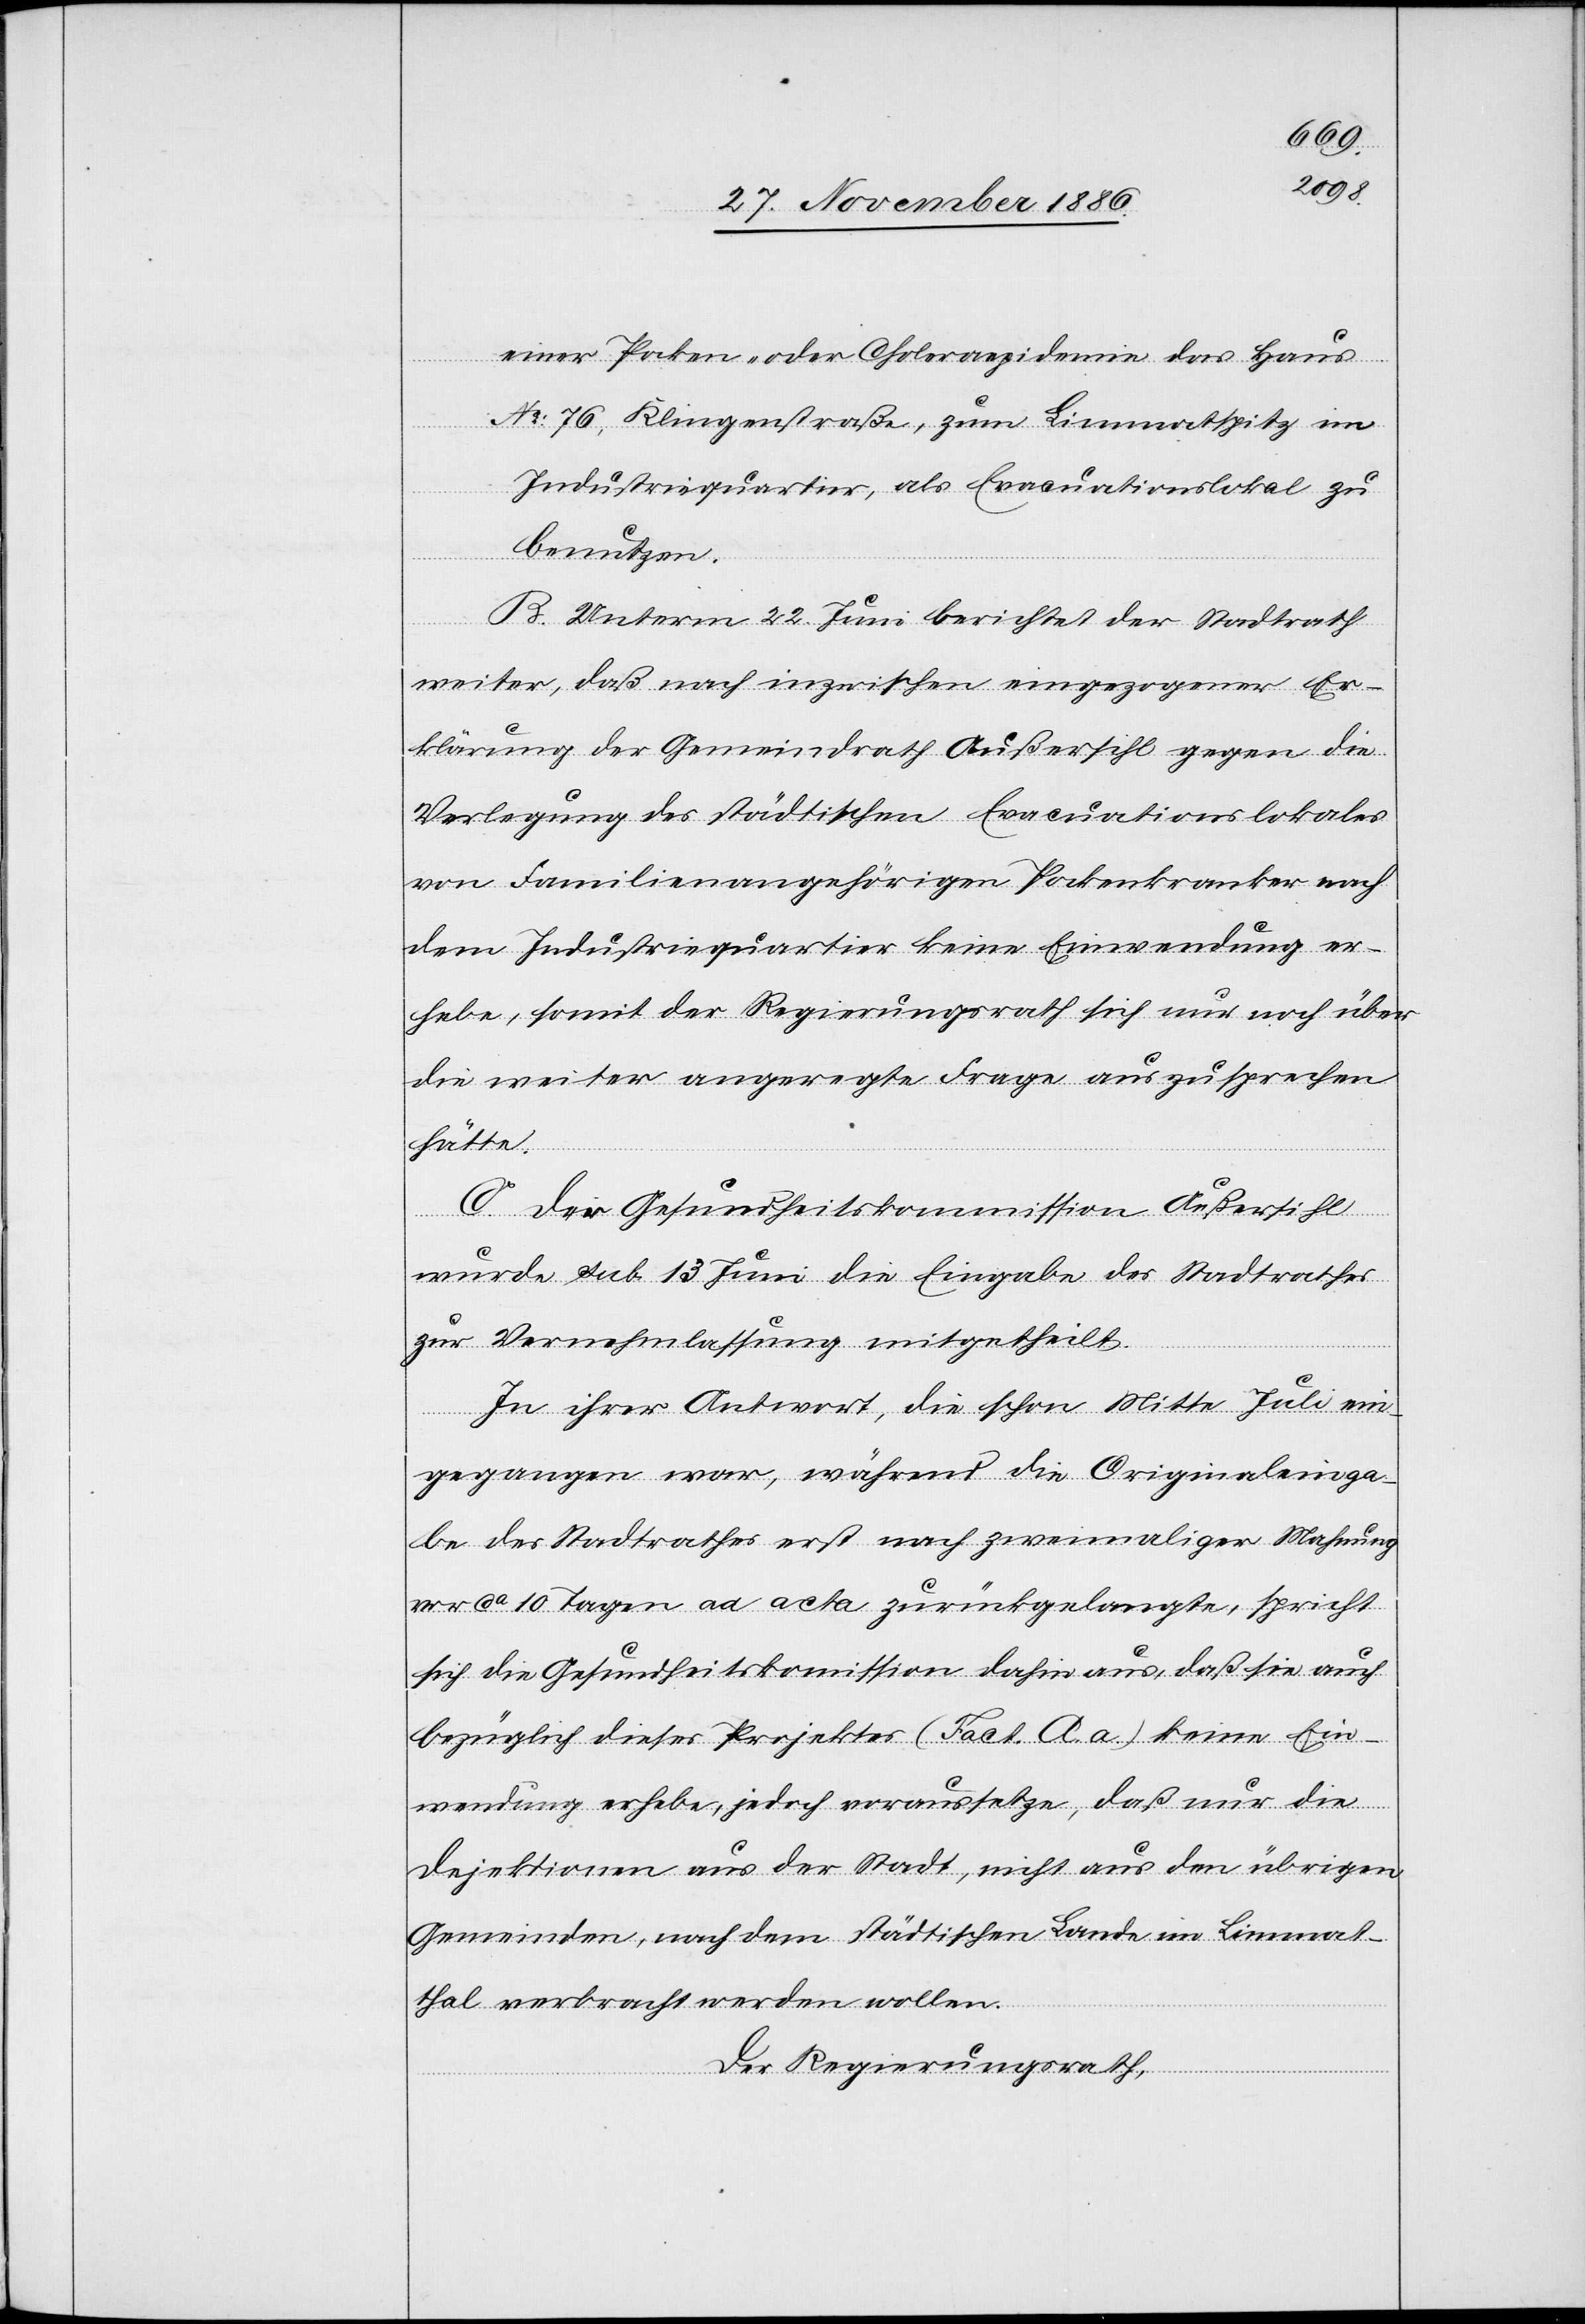
einer Pocken- oder Choleraepidemie das Haus
No 76, Klingenstraße, zum Limmatspitz im
Industriequartier, als Evacuationslokal zu
benutzen.
B. Unterm 22. Juni berichtet der Stadtrath
weiter, daß nach inzwischen eingezogener Er¬
klärung der Gemeindrath Außersihl gegen die
Verlegung des städtischen Evacuationslokales
von Familienangehörigen Pockenkranker nach
dem Industriequartier keine Einwendung er¬
hebe, somit der Regierungsrath sich nur noch über
die weiter angeregte Frage auszusprechen
hätte.
C. Der Gesundheitskommission Außersihl
wurde sub. 13. Juni die Eingabe des Stadtrathes
zur Vernehmlassung mitgetheilt.
In ihrer Antwort, die schon Mitte Juli ein¬
gegangen war, während die Originaleinga¬
be des Stadtrathes erst nach zweimaliger Mahnung
vor ca 10 Tagen ad acta zurückgelangte, spricht
sich die Gesundheitskom[m]ission dahin aus, daß sie auch
bezüglich dieses Projektes (Fact. A. a.) keine Ein¬
wendung erhebe, jedoch voraussetze, daß nur die
Dejektionen aus der Stadt, nicht aus den übrigen
Gemeinden, nach dem städtischen Lande im Limmat¬
thal verbracht werden wollen.
Der Regierungsrath,